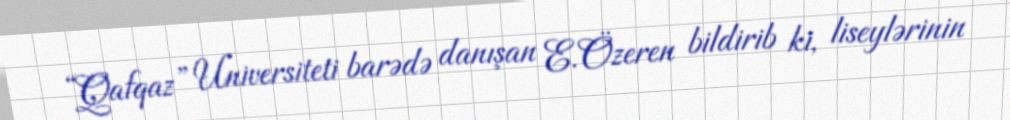
“Qafqaz” Universiteti barədə danışan E.Özeren bildirib ki, liseylərinin